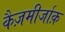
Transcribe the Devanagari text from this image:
कैज़मीर्जाक़